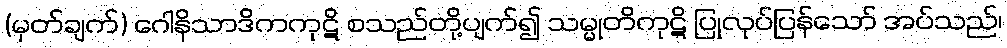
(မှတ်ချက်) ဂေါနိသာဒိကကုဋိ စသည်တို့ပျက်၍ သမ္မုတိကုဋိ ပြုလုပ်ပြန်သော် အပ်သည်၊